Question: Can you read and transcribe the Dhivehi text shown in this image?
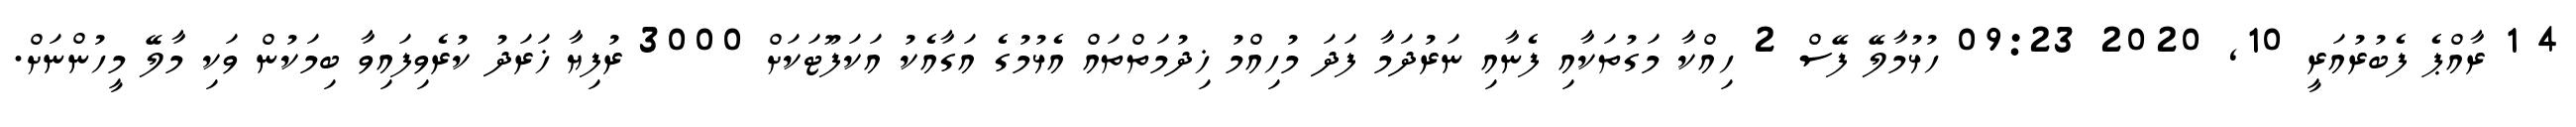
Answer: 4 1 ރާއްޕެ ފެބުރުއަރީ 10, 2020 09:23 ހުޅުމާލޭ ފޭސް 2 ހިއްކާ މަގުތަކާއި ފެނާއި ނަރުދަމާ ފަދަ މުހިއްމު ޚިދުމަތްތައް އެޅުމުގެ އަގާއެކު އަކަފޫޓަކަށް 3000 ރުފިޔާ ޚަރަދު ކުރެވިފައިވާ ބިމަކުން ވަކި މާލޭ މީހުންނަށް.